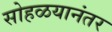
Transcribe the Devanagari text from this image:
सोहळयानंतर